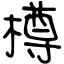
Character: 樽